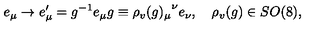
e _ { \mu } \rightarrow e _ { \mu } ^ { \prime } = g ^ { - 1 } e _ { \mu } g \equiv { \rho _ { v } ( g ) _ { \mu } } ^ { \nu } e _ { \nu } , \quad \rho _ { v } ( g ) \in S O ( 8 ) ,